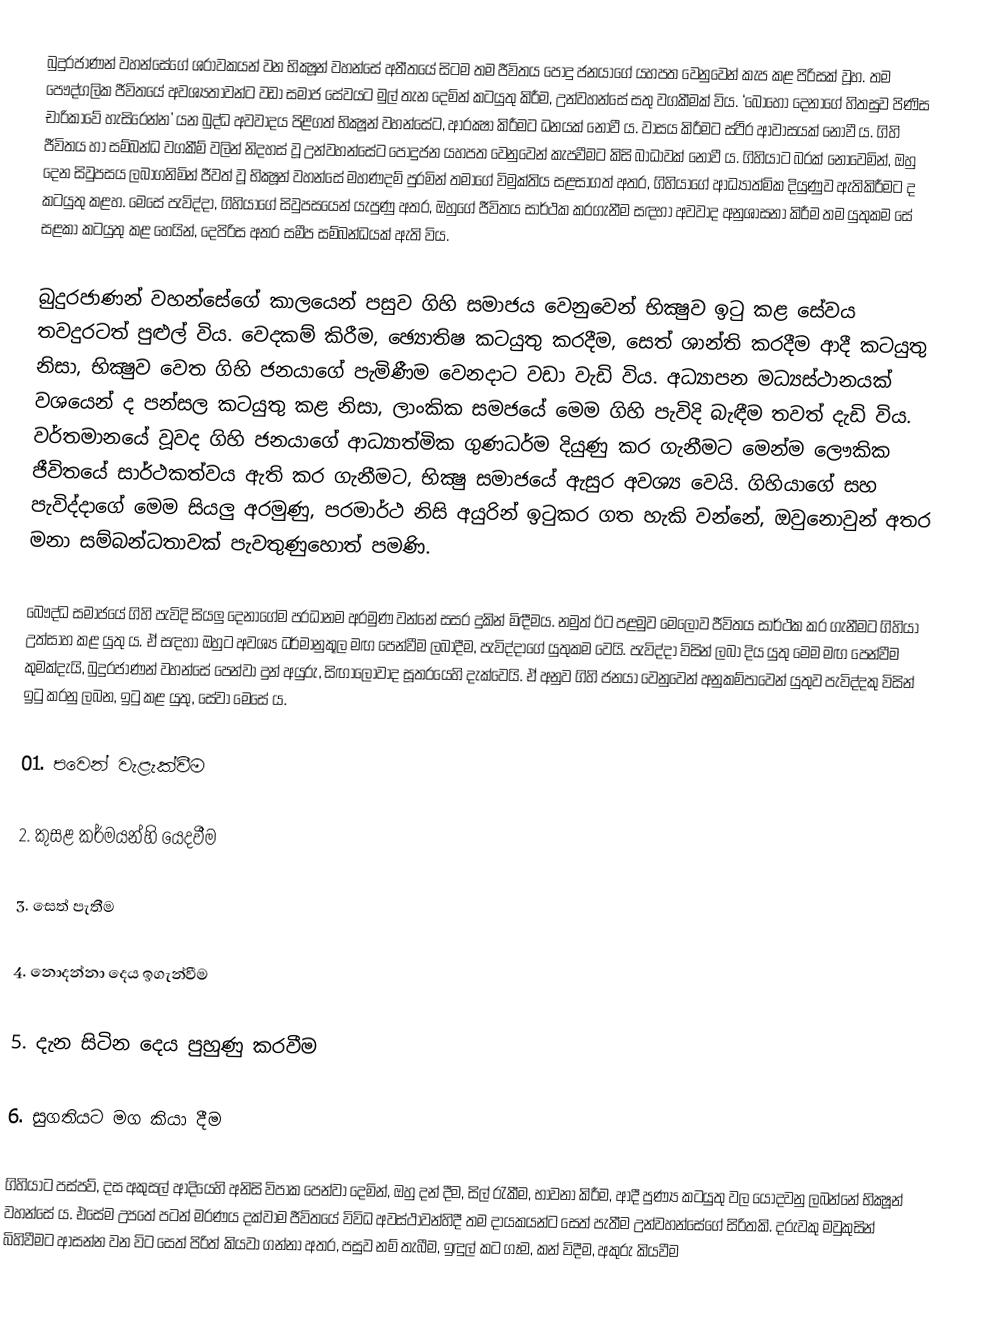
බුදුරජාණන් වහන්සේගේ ශ‍්‍රාවකයන් වන භික්‍ෂූන් වහන්සේ අතීතයේ සිටම තම ජීවිතය පොදු ජනයාගේ යහපත වෙනුවෙන් කැප කළ පිරිසක් වූහ. තම පෞද්ගලික ජීවිතයේ අවශ්‍යතාවන්ට වඩා සමාජ සේවයට මුල් තැන දෙමින් කටයුතු කිරීම, උන්වහන්සේ සතු වගකීමක් විය. ‘බොහෝ දෙනාගේ හිතසුව පිණිස චාරිකාවේ හැසිරෙන්න’ යන බුද්ධ අවවාදය පිළිගත් භික්‍ෂූන් වහන්සේට, ආරක්‍ෂා කිරීමට ධනයක් නොවී ය. වාසය කිරීමට ස්ථිර ආවාසයක් නොවී ය. ගිහි ජීවිතය හා සම්බන්ධ වගකීම් වලින් නිදහස් වූ උන්වහන්සේට පොදුජන යහපත වෙනුවෙන් කැපවීමට කිසි බාධාවක් නොවී ය. ගිහියාට බරක් නොවෙමින්, ඔහු දෙන සිවුපසය ලබාගනිමින් ජීවත් වූ භික්‍ෂූන් වහන්සේ මහණදම් පුරමින් තමාගේ විමුක්තිය සළසාගත් අතර, ගිහියාගේ ආධ්‍යාත්මික දියුණුව ඇතිකිරීමට ද කටයුතු කළහ. මෙසේ පැවිද්දා, ගිහියාගේ සිවුපසයෙන් යැපුණු අතර, ඔහුගේ ජීවිතය සාර්ථක කරගැනීම සඳහා අවවාද අනුශාසනා කිරීම තම යුතුකම සේ සළකා කටයුතු කළ හෙයින්, දෙපිරිස අතර සමීප සම්බන්ධයක් ඇති විය.

බුදුරජාණන් වහන්සේගේ කාලයෙන් පසුව ගිහි සමාජය වෙනුවෙන් භික්‍ෂුව ඉටු කළ සේවය තවදුරටත් පුළුල් විය. වෙදකම් කිරීම, ඡ්‍යොතිෂ කටයුතු කරදීම, සෙත් ශාන්ති කරදීම ආදී කටයුතු නිසා, භික්‍ෂුව වෙත ගිහි ජනයාගේ පැමිණීම වෙනදාට වඩා වැඩි විය. අධ්‍යාපන මධ්‍යස්ථානයක් වශයෙන් ද පන්සල කටයුතු කළ නිසා, ලාංකික සමජයේ මෙම ගිහි පැවිදි බැඳීම තවත් දැඩි විය. වර්තමානයේ වූවද ගිහි ජනයාගේ ආධ්‍යාත්මික ගුණධර්ම දියුණු කර ගැනීමට මෙන්ම ලෞකික ජීවිතයේ සාර්ථකත්වය ඇති කර ගැනීමට, භික්‍ෂු සමාජයේ ඇසුර අවශ්‍ය වෙයි. ගිහියාගේ සහ පැවිද්දාගේ මෙම සියලු අරමුණු, පරමාර්ථ නිසි අයුරින් ඉටුකර ගත හැකි වන්නේ, ඔවුනොවුන් අතර මනා සම්බන්ධතාවක් පැවතුණුහොත් පමණි.

බෞද්ධ සමාජයේ ගිහි පැවිදි සියලු දෙනාගේම ප‍්‍රධානම අරමුණ වන්නේ සසර දුකින් මිඳීමය. නමුත් ඊට පළමුව මෙලොව ජීවිතය සාර්ථක කර ගැනීමට ගිහියා උත්සාහ කළ යුතු ය. ඒ සඳහා ඔහුට අවශ්‍ය ධර්මානුකූල මඟ පෙන්වීම ලබාදීම, පැවිද්දාගේ යුතුකම වෙයි. පැවිද්දා විසින් ලබා දිය යුතු මෙම මඟ පෙන්වීම කුමක්දැයි, බුදුරජාණන් වහන්සේ පෙන්වා දුන් අයුරු, සිඟාලෝවාද සූත‍්‍රයෙහි දැක්වෙයි. ඒ අනුව ගිහි ජනයා වෙනුවෙන් අනුකම්පාවෙන් යුතුව පැවිද්දකු විසින් ඉටු කරනු ලබන, ඉටු කළ යුතු, සේවා මෙසේ ය.

01. පවෙන් වැළැක්වීම

2. කුසළ කර්මයන්හි යෙදවීම

3. සෙත් පැතීම

4. නොදන්නා දෙය ඉගැන්වීම

5. දැන සිටින දෙය පුහුණු කරවීම

6. සුගතියට මග කියා දීම

ගිහියාට පස්පව්, දස අකුසල් ආදියෙහි අනිසි විපාක පෙන්වා දෙමින්, ඔහු දන් දීම, සිල් රැකීම, භාවනා කිරීම, ආදී පුණ්‍ය කටයුතු වල යොදවනු ලබන්නේ භික්‍ෂූන් වහන්සේ ය. එසේම උපතේ පටන් මරණය දක්වාම ජීවිතයේ විවිධ අවස්ථාවන්හිදී තම දායකයන්ට සෙත් පැතීම උන්වහන්සේගේ සිරිතකි. දරුවකු මවුකුසින් බිහිවීමට ආසන්න වන විට සෙත් පිරිත් කියවා ගන්නා අතර, පසුව නම් තැබීම, ඉඳුල් කට ගෑම, කන් විදීම, අකුරු කියවීම